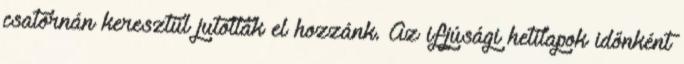
csatornán keresztül jutottak el hozzánk. Az ifjúsági hetilapok időnként